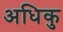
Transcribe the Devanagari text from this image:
अधिकु